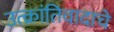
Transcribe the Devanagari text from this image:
उत्क्रांतिवादाचे